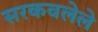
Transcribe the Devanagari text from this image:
सरकवलेले